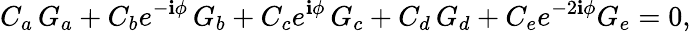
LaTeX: C_{a}\, G_{a}+C_{b}e^{-\mathbf{i}\phi}\, G_{b}+C_{c}e^{\mathbf{i}\phi}\, G_{c}+C_{d}\, G_{d}+C_{e}e^{-2\mathbf{i}\phi}G_{e}=0,